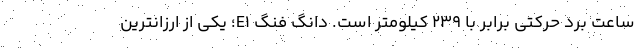
ساعت برد حرکتی برابر با 239 کیلومتر است. دانگ فنگ E1؛ یکی از ارزانترین